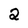
Character: 2